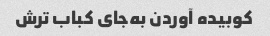
کوبیده آوردن به‌جای کباب ترش